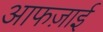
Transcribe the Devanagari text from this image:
आफज़ाई